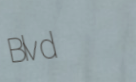
Blvd